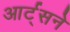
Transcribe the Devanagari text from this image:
आर्ट्‌सने